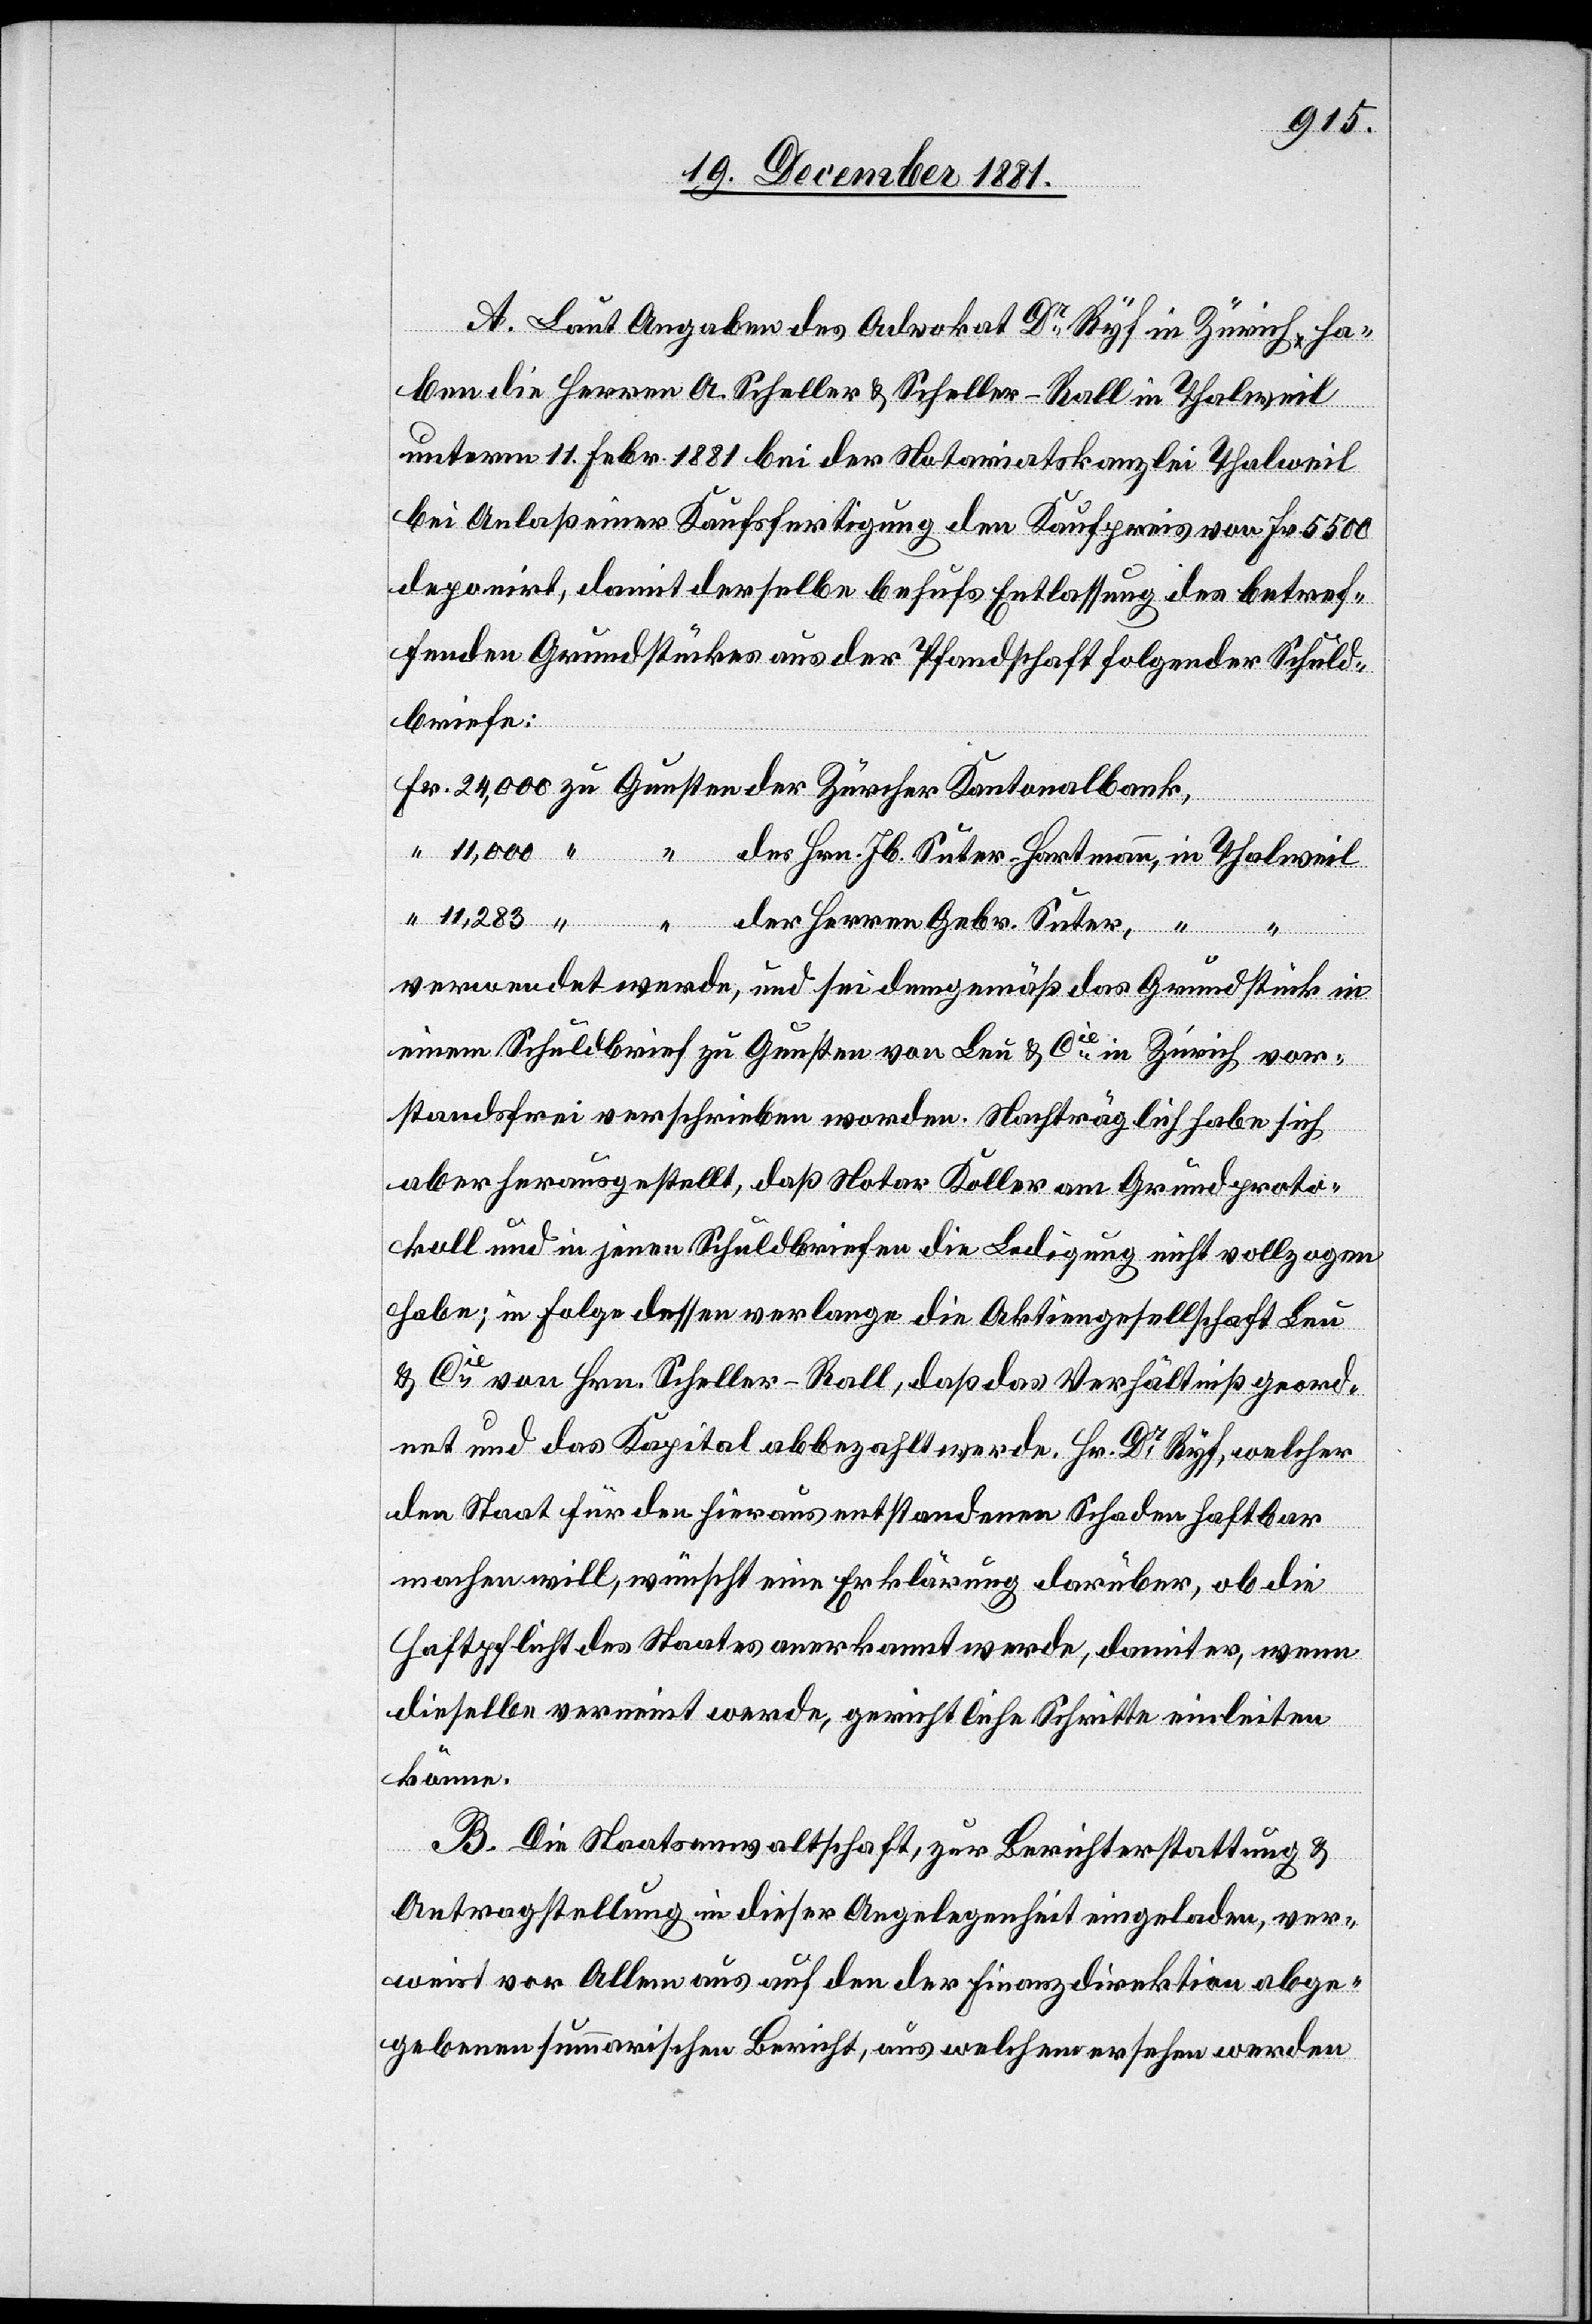
A. Laut Angaben des Advokat Dr Ryf in Zürich ha¬
ben die Herren A. Scheller & Scheller-Roll in Thalweil
unterm 11. Febr. 1881 bei der Notariatskanzlei Thalweil
bei Anlaß einer Kaufsfertigung den Kaufpreis von Fr. 5500
deponirt, damit derselbe behufs Entlassung des betref¬
fenden Grundstückes aus der Pfandschaft folgender Schul¬
briefe:
der Herren Gebr. Suter,
“
verwendet werde, und sei demgemäß das Grundstück in
einem Schuldbrief zu Gunsten von Leu & Cie in Zürich vor¬
standsfrei verschrieben worden. Nachträglich habe sich
aber herausgestellt, daß Notar Koller am Grundproto¬
koll und in jenen Schuldbriefen die Ledigung nicht vollzogen
habe; in Folge dessen verlange die Aktiengesellschaft Leu
& Cie von Hrn. Scheller-Roll, daß das Verhältniß geord¬
net und das Kapital abbezahlt werde. Hr. Dr Ryf, welcher
den Staat für den hieraus entstandenen Schaden haftbar
machen will, wünscht eine Erklärung darüber, ob die
Haftpflicht des Staates anerkannt werde, damit er, wenn
dieselbe verneint werde, gerichtliche Schritte einleiten
könne.
B. Die Staatsanwaltschaft, zur Berichterstattung &
Antragstellung in dieser Angelegenheit eingeladen, ver¬
weist vor Allem aus auf den der Finanzdirektion abge¬
gebenen summarischen Bericht, aus welchem ersehen werden